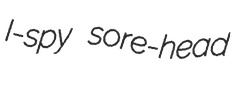
I-spy sore-head